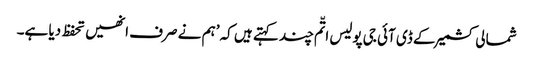
شمالی کشمیر کے ڈی آئی جی پولیس اتّم چند کہتے ہیں کہ ’ہم نے صرف انھیں تحفظ دیا ہے۔